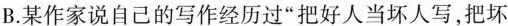
B.某作家说自己的写作经历过“把好人当坏人写,把坏